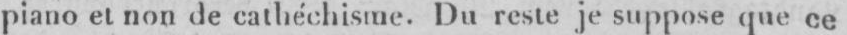
piano et non de cathéchisme. Du reste je suppose que ce